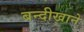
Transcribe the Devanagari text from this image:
बन्दीखाने